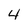
Character: 4